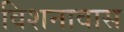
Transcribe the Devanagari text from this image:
विशनावास